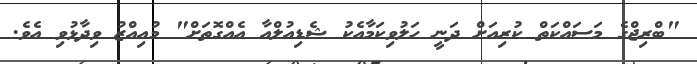
"ބްރިޖްގެ މަސައްކަތް ކުރިއަށް ދަނީ ހަލުވިކަމާއެކު ޝެޑިއުލްއާ އެއްގޮތަށް" މުއިއްޒު ވިދާޅުވި އެވެ.